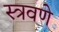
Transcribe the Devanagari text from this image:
स्त्रवणे